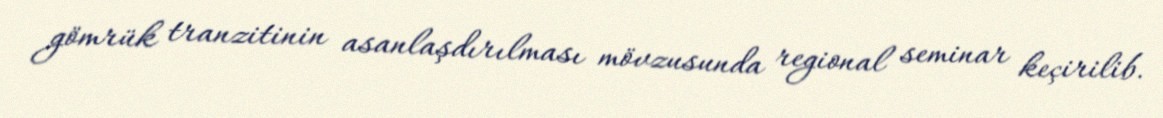
gömrük tranzitinin asanlaşdırılması mövzusunda regional seminar keçirilib.